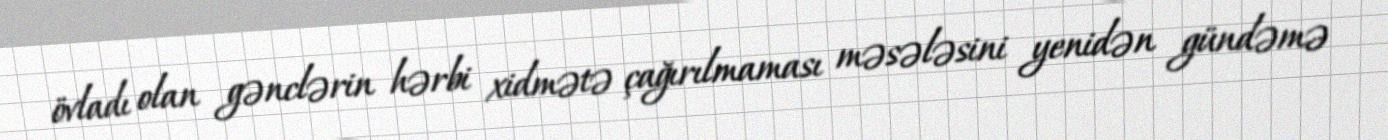
övladı olan gənclərin hərbi xidmətə çağırılmaması məsələsini yenidən gündəmə